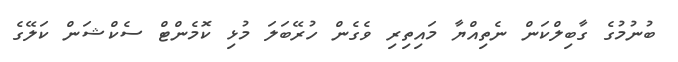
ބުނުމުގެ ގާބިލްކަން ނެތިއްޔާ މައިތިރި ވެގެން ހުރޭބަލަ މުޅި ކޮމެންޓް ސެކްޝަން ކަލޭގެ